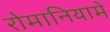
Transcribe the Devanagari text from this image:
रोमानियामें